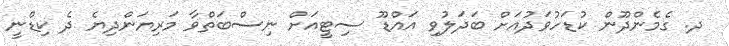
ދ. ގެމެންދޫން ކުޑަހުވަދުއަށް ބަދަލުވި އައްޑޫ ސިޓީއަށް ނިސްބަތްވާ މަރިޔަންދިޔެ ދެ ކިޑްނީ